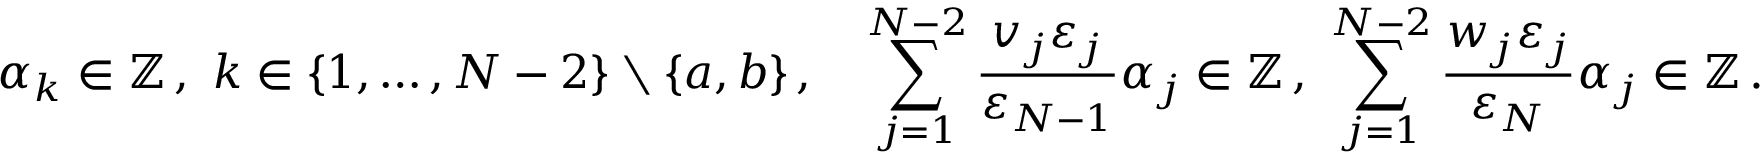
{ \alpha _ { k } } \in \mathbb { Z } \, , ~ k \in \{ 1 , \dots , N - 2 \} \setminus \{ a , b \} \, , \quad \sum _ { j = 1 } ^ { N - 2 } { \frac { v _ { j } \varepsilon _ { j } } { \varepsilon _ { N - 1 } } } { \alpha _ { j } } \in \mathbb { Z } \, , ~ \sum _ { j = 1 } ^ { N - 2 } { \frac { w _ { j } \varepsilon _ { j } } { \varepsilon _ { N } } } { \alpha _ { j } } \in \mathbb { Z } \, .